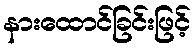
နားထောင်ခြင်းဖြင့်